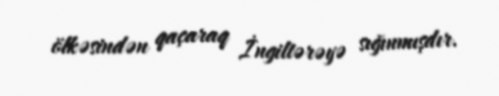
ölkəsindən qaçaraq İngiltərəyə sığınmışdır.